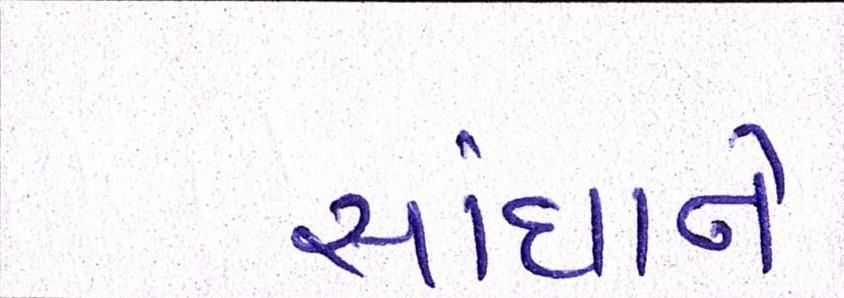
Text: સાંધાને